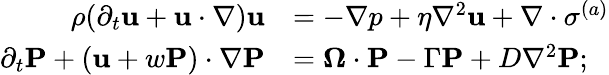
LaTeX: \begin{array}{rl}{\rho(\partial_{t}\mathbf{u}+\mathbf{u}\cdot\nabla)\mathbf{u}}&{=-\nabla p+\eta\nabla^{2}\mathbf{u}+\nabla\cdot\mathbf{\sigma}^{(a)}}\\ {\partial_{t}\mathbf{P}+(\mathbf{u}+w\mathbf{P})\cdot\nabla\mathbf{P}}&{=\mathbf{\Omega}\cdot\mathbf{P}-\Gamma\mathbf{P}+D\nabla^{2}\mathbf{P};}\end{array}